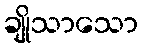
ချိုသာသော